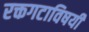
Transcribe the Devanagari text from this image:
रक्तगटाविषयी